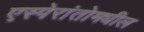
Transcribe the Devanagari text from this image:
एस्पेरांतोमधील